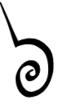
៦